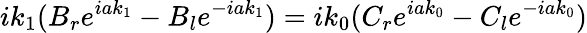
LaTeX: ik_{1}(B_{r}e^{iak_{1}}-B_{l}e^{-iak_{1}})=ik_{0}(C_{r}e^{iak_{0}}-C_{l}e^{-iak_{0}})